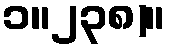
၁။၂၃၈)။